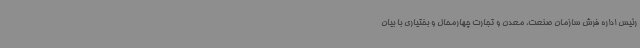
رئیس اداره فرش سازمان صنعت، معدن و تجارت چهارمحال و بختیاری با بیان